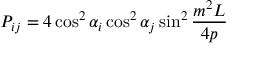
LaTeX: P _ { i j } = 4 \cos ^ { 2 } \alpha _ { i } \cos ^ { 2 } \alpha _ { j } \sin ^ { 2 } \frac { m ^ { 2 } L } { 4 p }